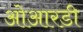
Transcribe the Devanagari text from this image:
ओआरडी